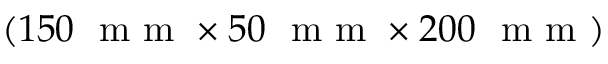
( 1 5 0 ~ \mathrm { ~ m ~ m ~ } \times 5 0 ~ \mathrm { ~ m ~ m ~ } \times 2 0 0 ~ \mathrm { ~ m ~ m ~ } )